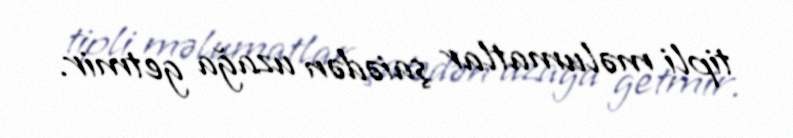
tipli məlumatlar şaiədən uzağa getmir.